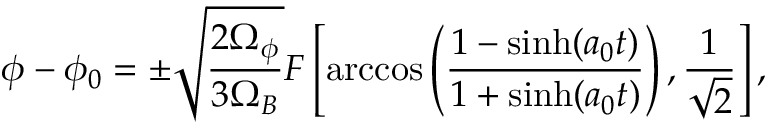
\phi - \phi _ { 0 } = \pm \sqrt { \frac { 2 \Omega _ { \phi } } { 3 \Omega _ { B } } } F \left[ \operatorname { a r c c o s } \left( \frac { 1 - \sinh ( a _ { 0 } t ) } { 1 + \sinh ( a _ { 0 } t ) } \right) , \frac { 1 } { \sqrt { 2 } } \right] ,